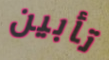
تأبين